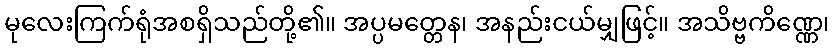
မုလေးကြက်ရုံအစရှိသည်တို့၏။ အပ္ပမတ္တေန၊ အနည်းငယ်မျှဖြင့်။ အသိဗ္ဗကိဏ္ဏေ၊